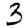
Digit: 3